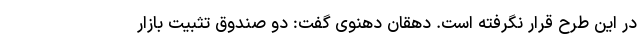
در این طرح قرار نگرفته است. دهقان دهنوی گفت: دو صندوق تثبیت بازار